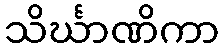
သိင်္ဃာဏိကာ